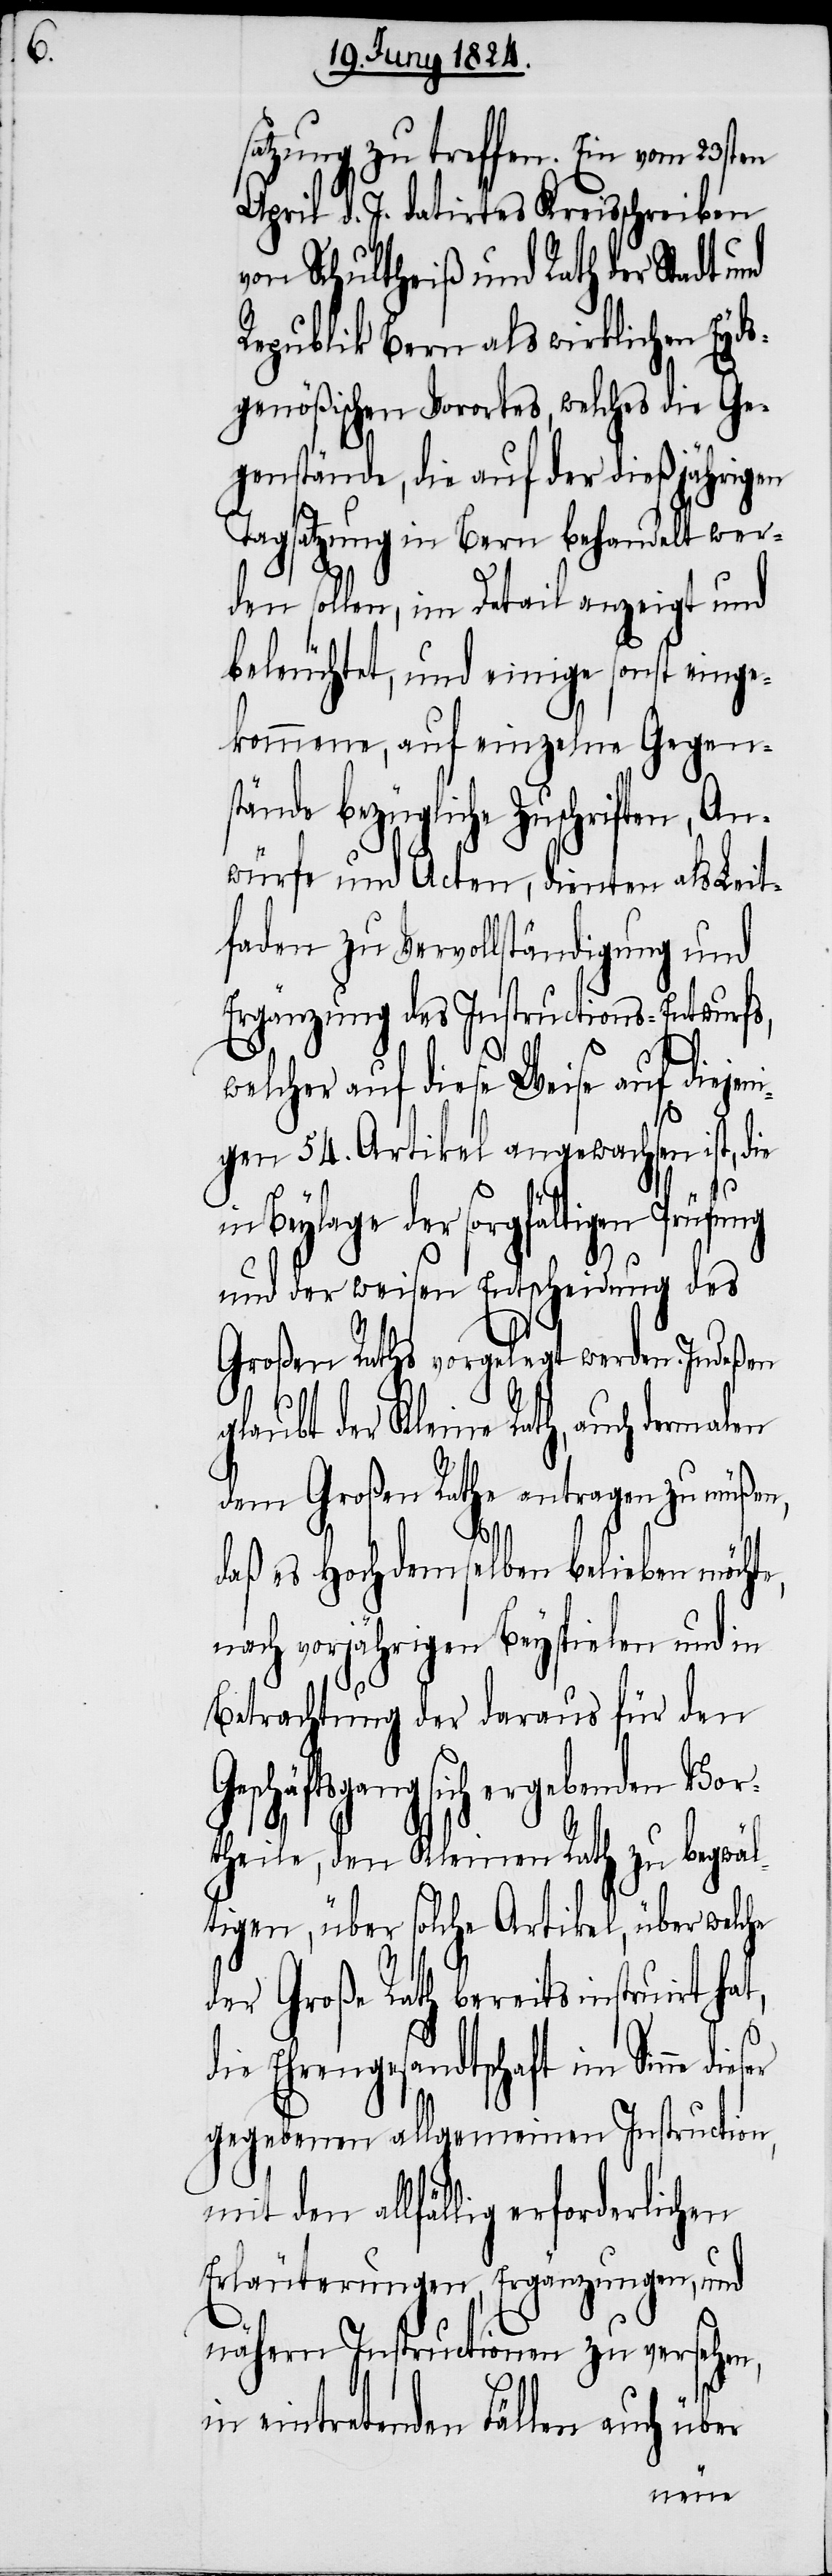
d¬

satzung zu treffen. Ein vom 23sten
April d. J. datirtes Kreisschreiben
von Schultheiß und Rath der Stadt
Republik Bern als wirklichen Eyds¬
genößischen Vorortes, welches die Ge¬
genstände, die auf der dießjährigen
Tagsatzung in Bern behandelt wer¬
den sollen, im Detail anzeigt und
beleuchtet, und einige sonst einge¬
kommene, auf einzelne Gegens¬
tände bezügliche Zuschriften, An¬
würfe und Acten, dienten als Leit¬
faden zu Vervollständigung und
Ergänzung des Instructions-Entwurfes,
welcher auf diese Weise auf diejen¬
igen 54. Artikel angewachsen ist, die
in Beylage der sorgfältigen Prüfung
und der weisen Entscheidung des
Großen Raths vorgelegt werden. Indeßen
glaubt der Kleine Rath, auch dermalen
allfällig erforderlichen
daß es Hochdemselben belieben möchte,
nach vorjährigen Beyspielen und in
Betrachtung der daraus für den
Geschäftsgang sich ergebenden Vor¬
theile, den Kleinen Rath zu begwäl¬
tigen, über solche Artikel, über welche
der Große Rath bereits instruirt ha¬
ie Ehrengesandtschaft im Sinne
gegebenen allgemeinen Instruction,
Erläuterungen, Ergänzungen, und
nähern Instructionen zu versehen,
eintretenden Fällen auch über